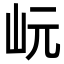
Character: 岏